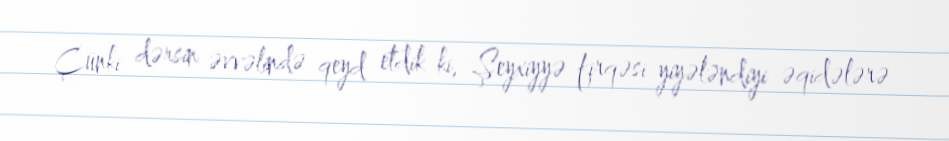
Çünki dərsin əvvəlində qeyd etdik ki, Şeyxiyyə firqəsi yiyələndiyi əqidələrə